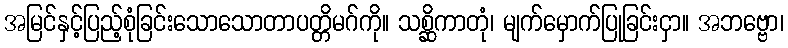
အမြင်နှင့်ပြည့်စုံခြင်းသောသောတာပတ္တိမဂ်ကို။ သစ္ဆိကာတုံ၊ မျက်မှောက်ပြုခြင်းငှာ။ အဘဗ္ဗော၊